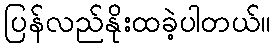
ပြန်လည်နိုးထခဲ့ပါတယ်။